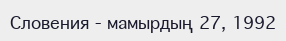
Словения - мамырдың 27, 1992